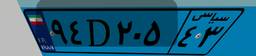
۴۷D۱۲۷۴۲